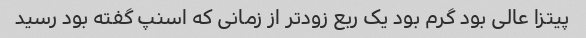
پیتزا عالی بود گرم بود یک ربع زودتر از زمانی که اسنپ گفته بود رسید